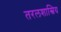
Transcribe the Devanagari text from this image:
तरलशास्त्रिय